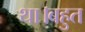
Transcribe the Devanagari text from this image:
था।बहुत